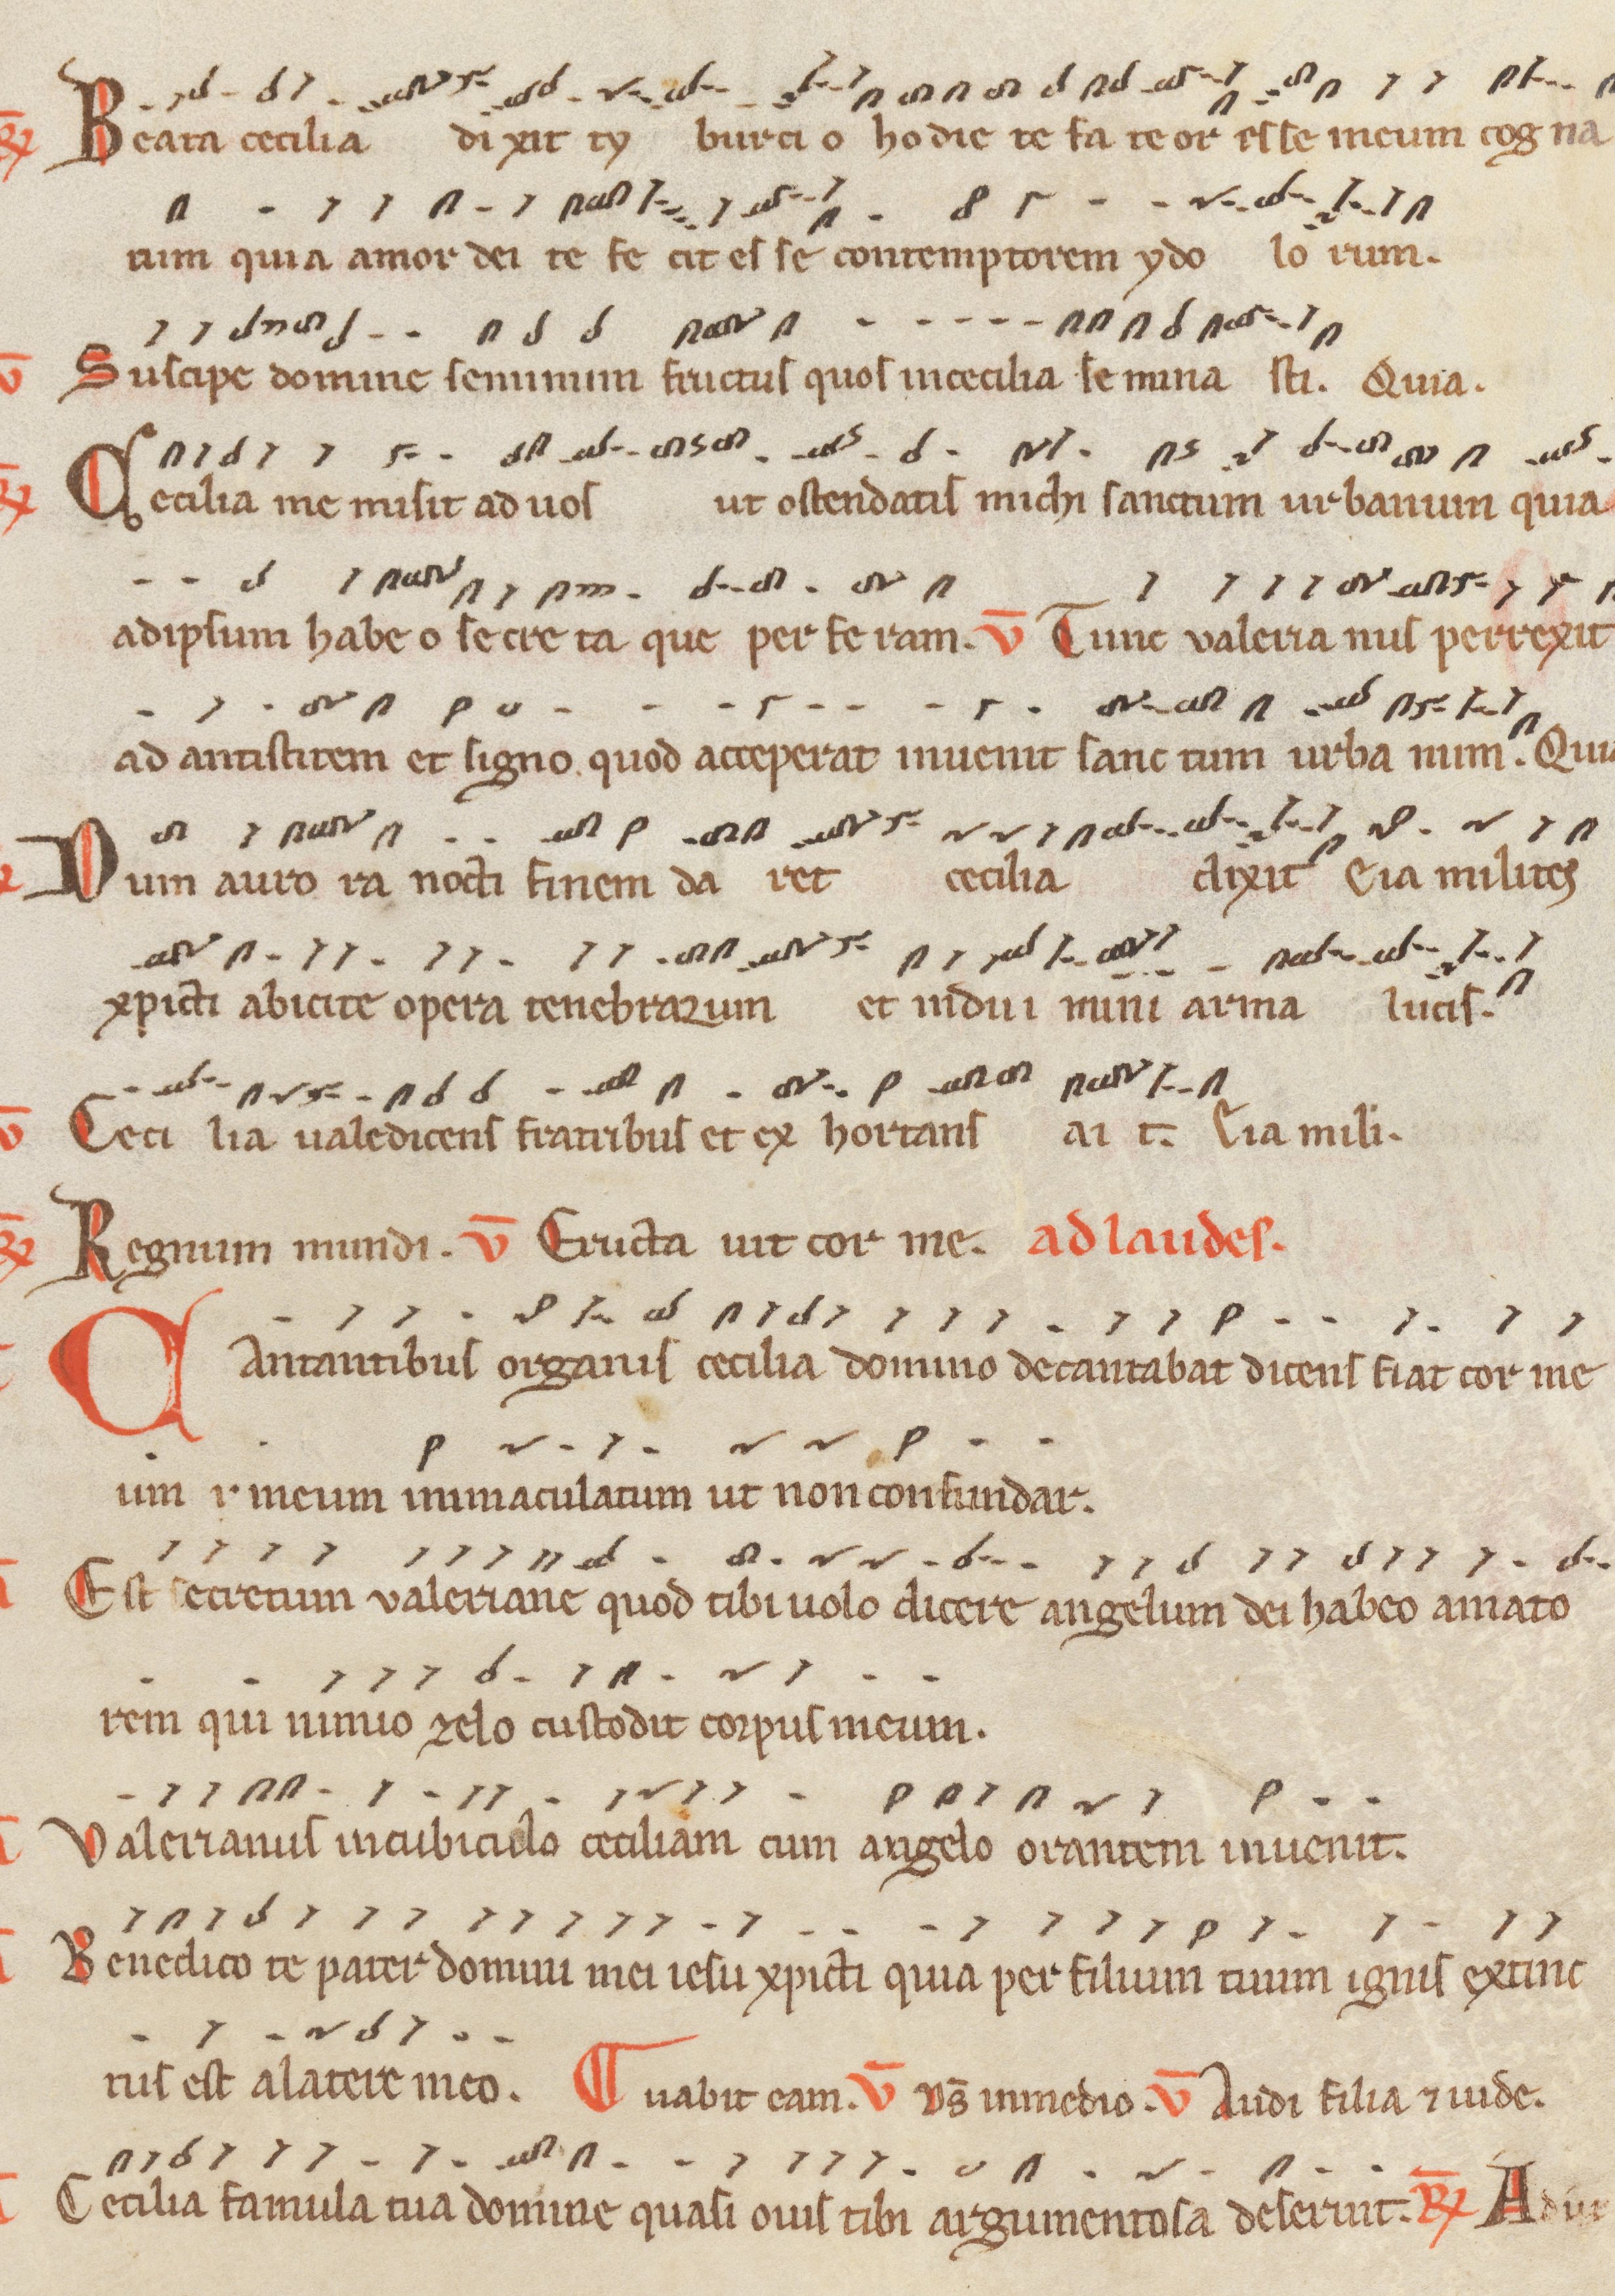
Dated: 1200–1299